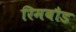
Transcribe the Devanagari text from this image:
रिमबौड